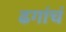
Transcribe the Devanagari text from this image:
ढगांचं